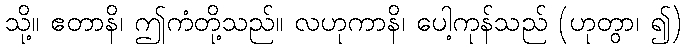
သို့။ ဧတာနိ၊ ဤကံတို့သည်။ လဟုကာနိ၊ ပေါ့ကုန်သည် (ဟုတွာ၊ ၍)